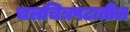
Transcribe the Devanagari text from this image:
चलचित्रपटातील